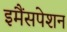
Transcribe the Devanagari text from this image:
इमैंसपेशन